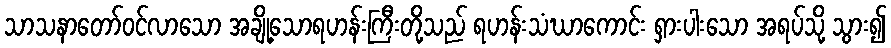
သာသနာတော်ဝင်လာသော အချို့သောရဟန်းကြီးတို့သည် ရဟန်းသံဃာကောင်း ရှားပါးသော အရပ်သို့ သွား၍